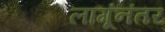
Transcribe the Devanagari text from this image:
लागूंनंतर